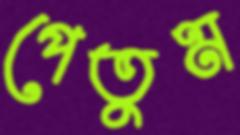
পেতুম